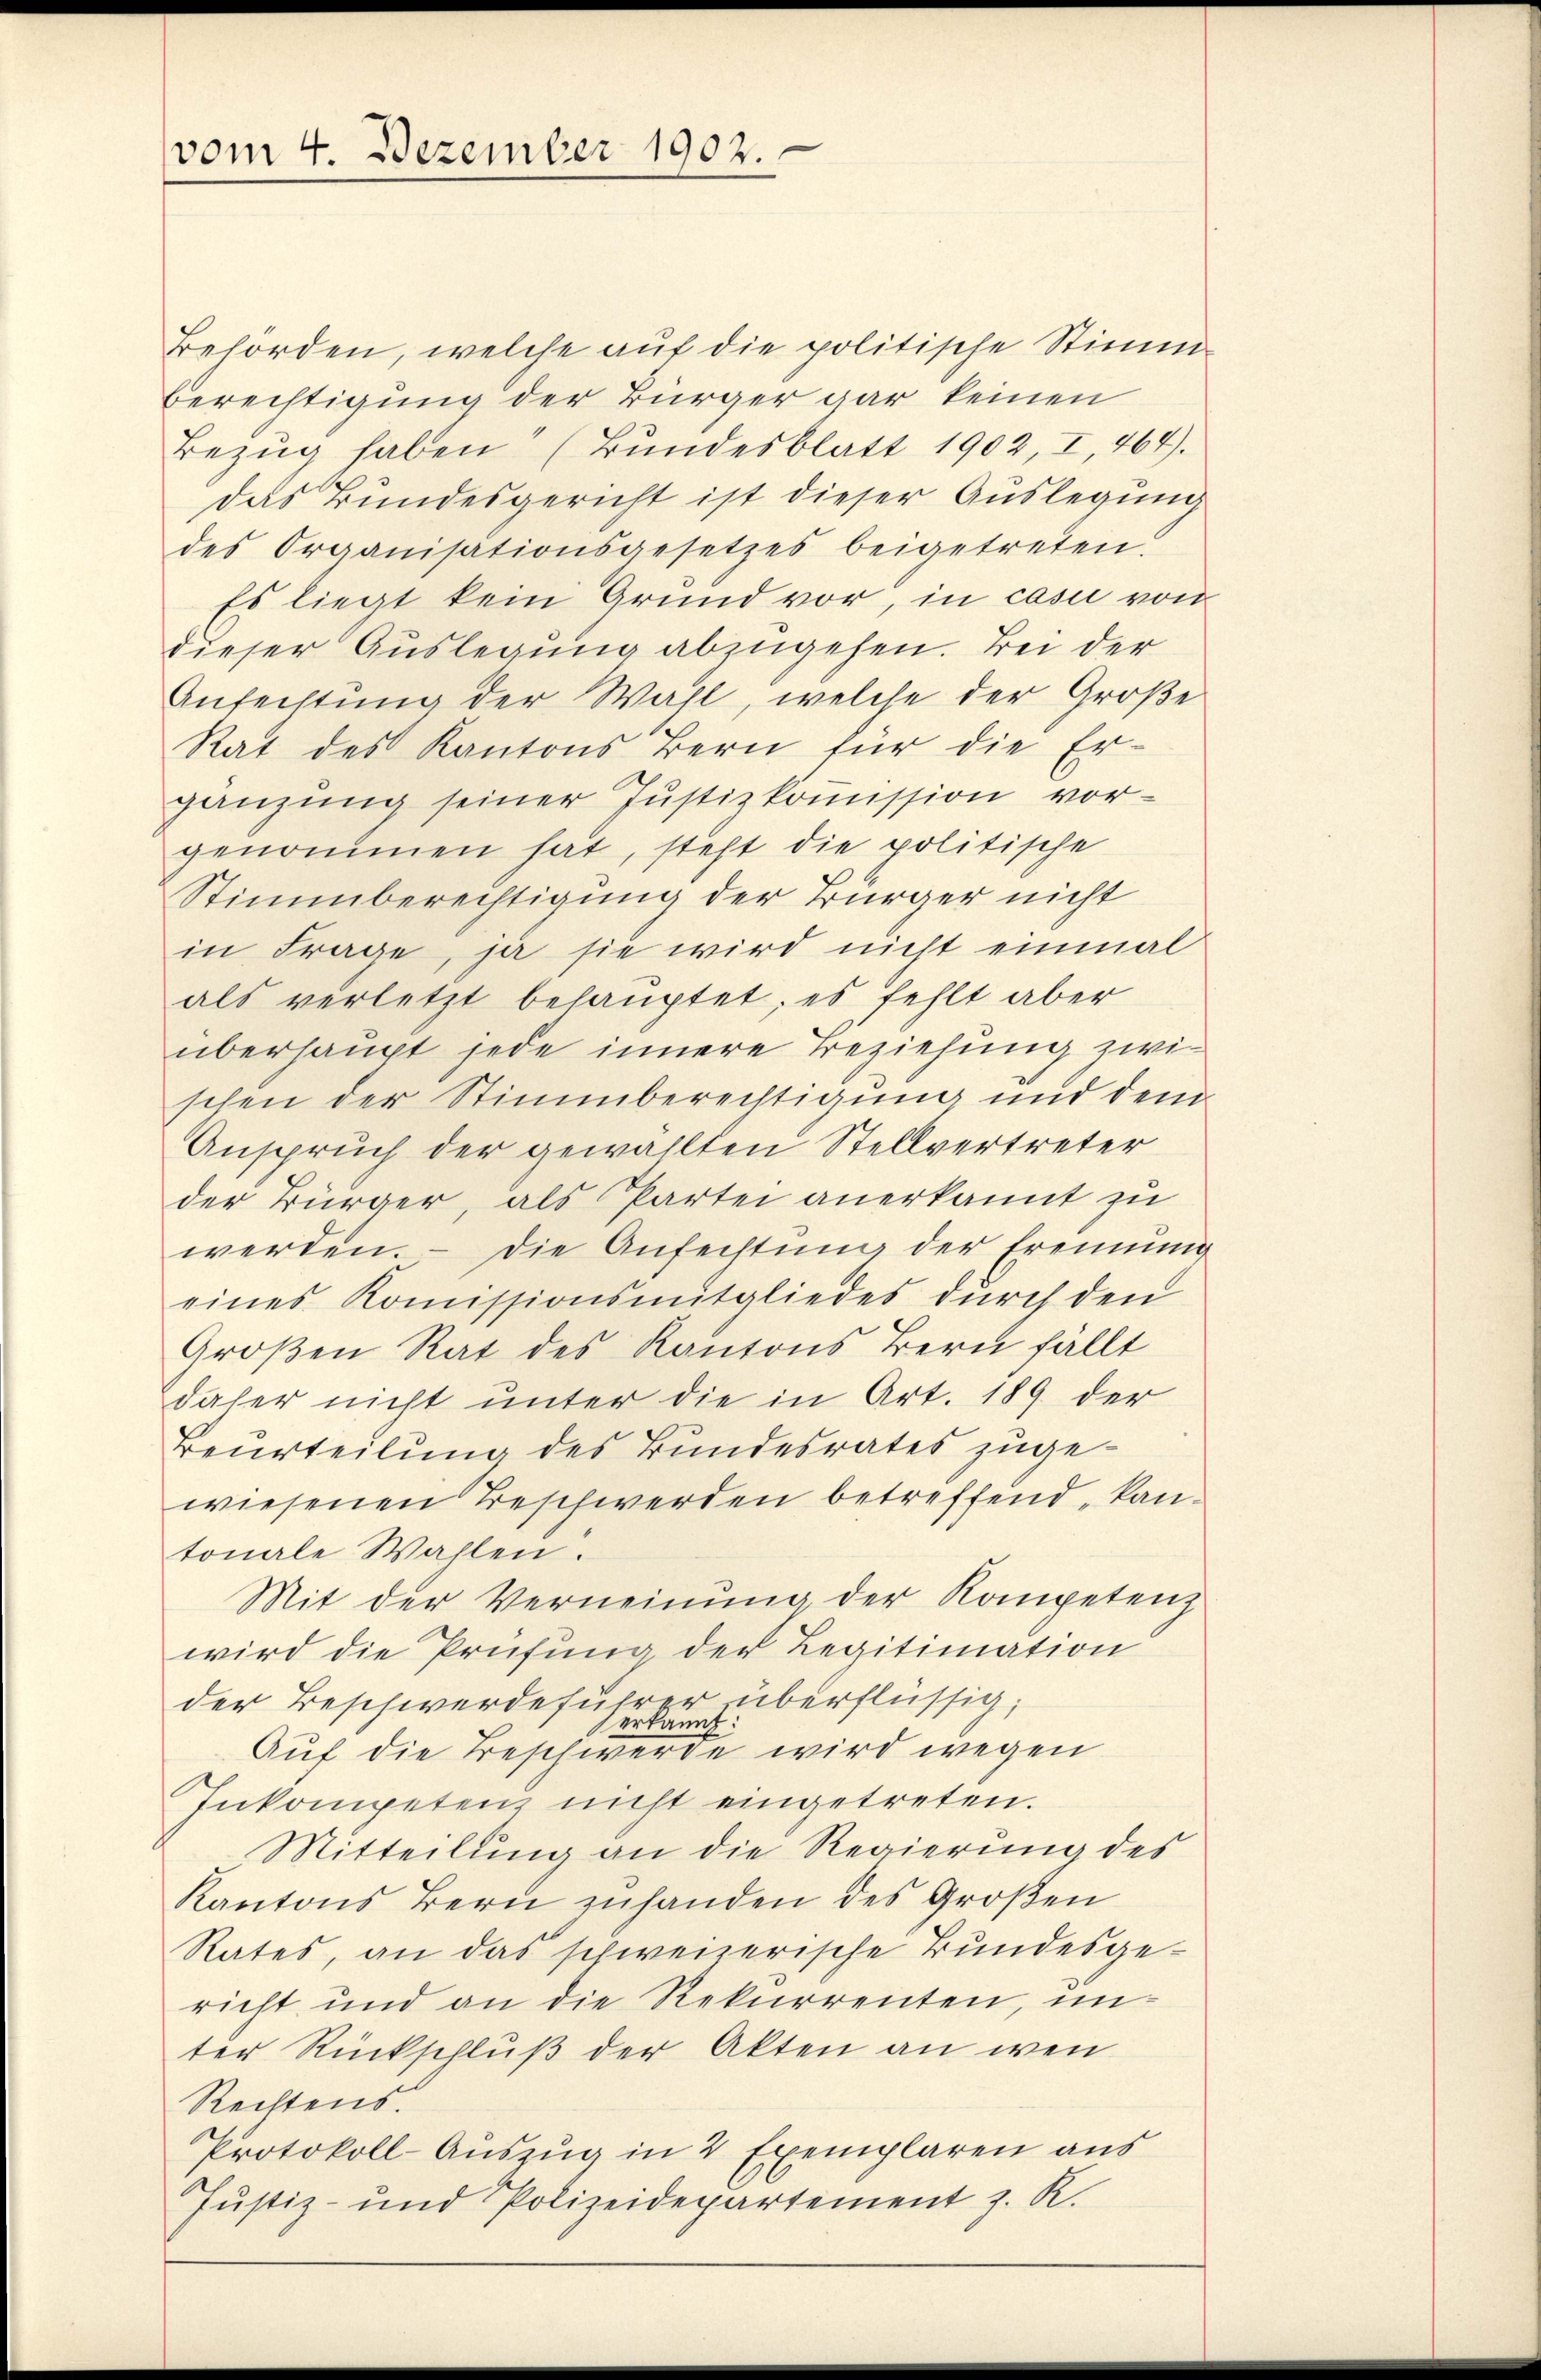
vom 4. Dezember 1902.

Behörden, welche auf die politische Stimm-
Berechtigung der Bürger gar keinen
Bezŭg haben (Bŭndesblatt 1902, I, 464).
das Bundesgericht ist dieser Auslegung
des Organisationsgesetzes beigetreten:
Es liegt kein Grund vor, in casi von
dieser Auslegung abzugehen. Bei der
Anfechtung der Wahl, welche der Große
Rat des Kantons Bern für die Er-
gänzung seiner Justizkoṁission vor-
genommen hat, steht die politische
Stimmberechtigung der Bürger nicht
in Frage, ja sie wird nicht einmal
als verletzt behauptet; es fehlt aber
überhaupt jede innere Beziehung zwischen der Stimmberechtigung und dem
Anspruch der gewählten Stellvertreter
der Bürger, als Partei anerkannt zu
werden. – Die Anfechtung der Erennung
eines Komissionsmitgliedes durch den
Großen Rat des Kantons Bern fällt
daher nicht unter die in Art. 189 der
Beurteilung des Bundesrates zugewiesenen Beschwerden betreffend „kantonale Wahlen.
Mit der Verneinŭng der Kompetenz
wird die Prüfung der Legitimation
der Beschwerdeführer überflüssig;
erkannt:
Auf die Beschwerde wird wegen
Inkompeten nicht eingetreten.
Mitteilung an die Regierung des
Kantons Bern zuhanden des Großen
Rates, an das schweizerische Bundesgericht und an die Rekurrenten, unter Rückschluß der Akten an wen
Rechtens.
Protokoll-Auszug in 2 Exemplaren aus
Justiz- und Polizeidepartement z. R.